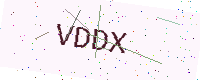
Text: VDDX